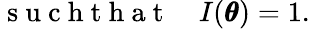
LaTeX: \mathrm{~s~u~c~h~t~h~a~t~}\quad I(\pmb\theta)=1.